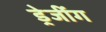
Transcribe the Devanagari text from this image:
ड्रेजींग